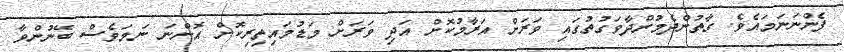
ފެންނަނަމައެވެ. ގާތުންދެމުންދާވަގުތުގައި ވަރަށް އަރާމުކޮށް އަދި ވަރަށް މަޑުމައިތިރިކޮށް އޮންނަ ނަމަވެސް ބޭނުންވާ